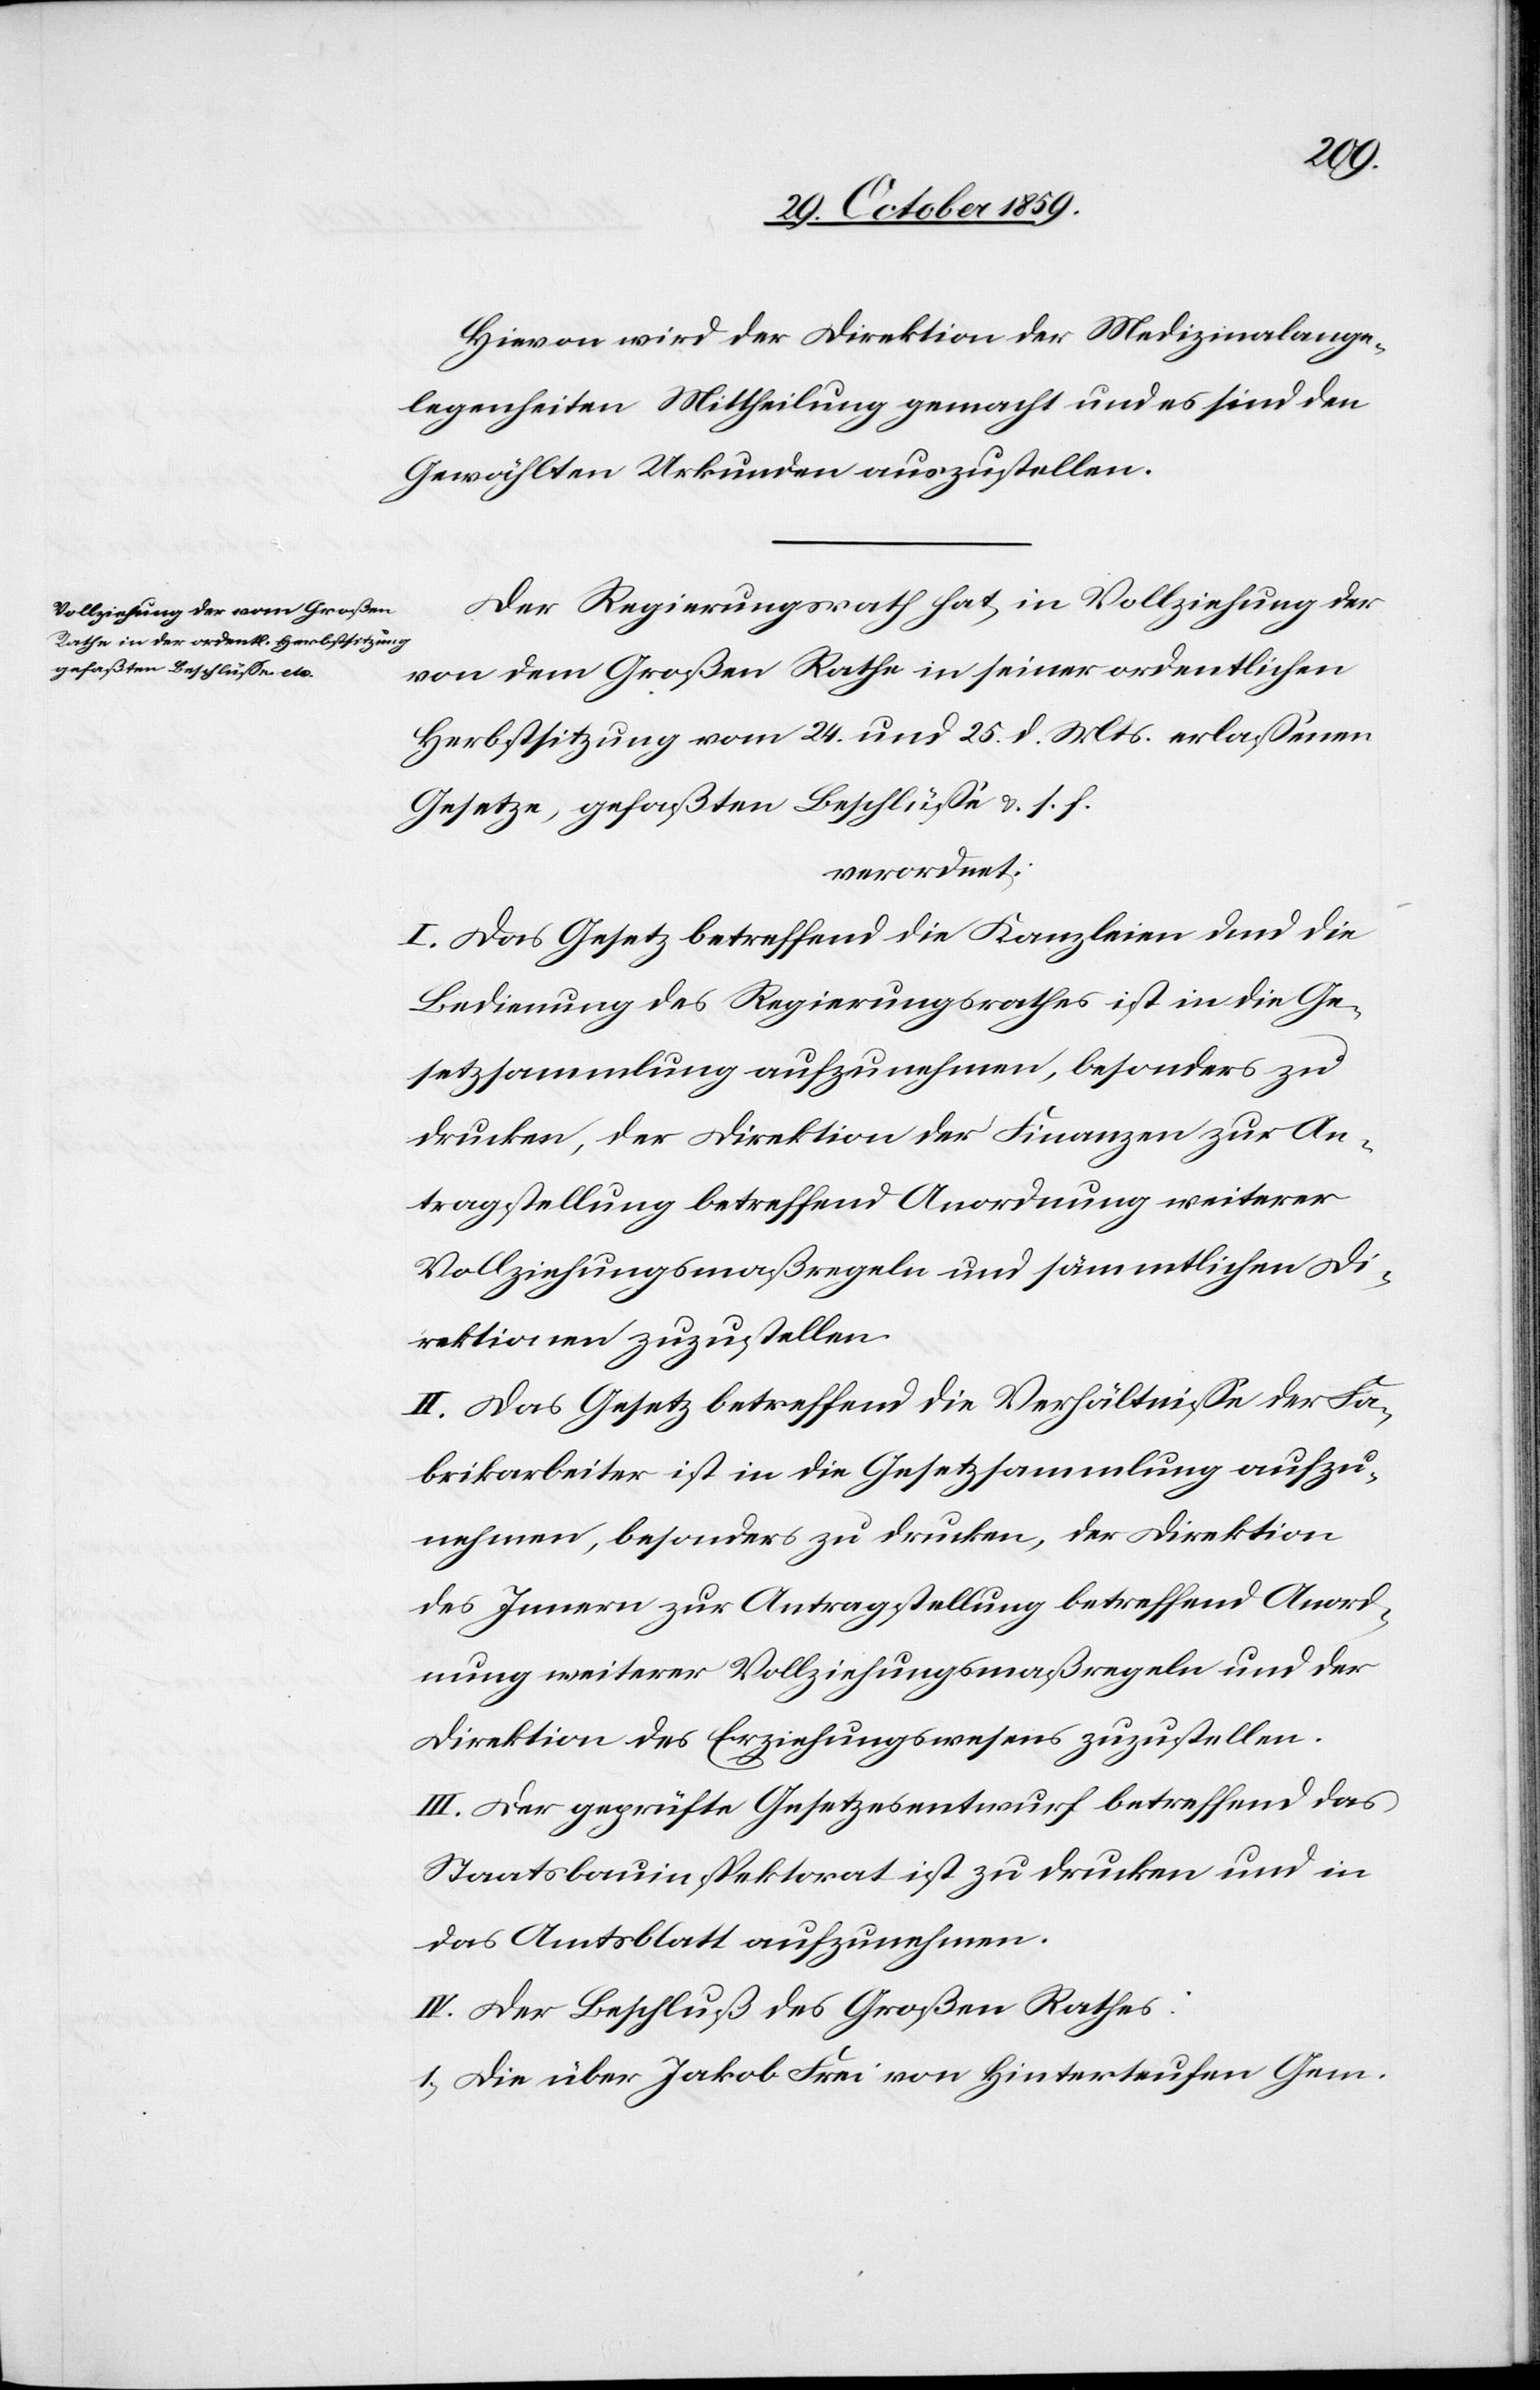
Hievon wird der Direktion der Medizinalange¬
legenheiten Mittheilung gemacht und es sind den
Gewählten Urkunden auszustellen.
Der Regierungsrath hat, in Vollziehung der
von dem Großen Rathe in seiner ordentlichen
Herbstsitzung vom 24. und 25. d. Mts. erlassenen
Gesetze, gefaßten Beschlüsse & s. f.
verordnet:
I. Das Gesetz betreffend die Kanzleien dund [sic!]
Bedingung des Regierungsrathes ist in die Ge¬
setzsammlung aufzunehmen, besonders zu
drucken. Der Direktion der Finanzen zur An¬
tragstellung betreffend Anordnung weiterer
Vollziehungsmaßregeln und sämmtlichen Di¬
rektionen zuzustellen.
II. Das Gesetz betreffend die Verhältnisse der Fa¬
brikarbeiter ist in die Gesetzsammlung aufzu¬
nehmen, besonders zu drucken, der Direktion
des Innern zu Antragstellung betreffend Anord¬
nung weiterer Vollziehungsmaßregeln und der
Direktion des Erziehungswesens zuzustellen.
III. Der geprüfte Gesetzesentwurf betreffend das
Staatsbauinspektorat ist zu drucken und in
das Amtsblatt aufzunehmen.
IV. Der Beschluß der Großen Rathes:
1) Die über Jakob Frei von Hinterteufen Gem.